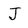
Character: J